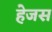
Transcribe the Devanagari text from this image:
हेजस